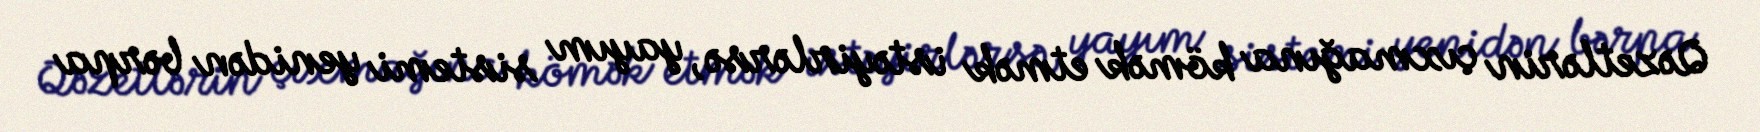
Qəzetlərin çıxmağına kömək etmək istəyirlərsə, yayım sistemi yenidən bərpa